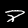
Digit: 8